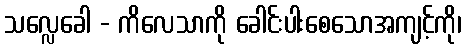
သလ္လေခေါ - ကိလေသာကို ခေါင်းပါးစေသောအကျင့်ကို၊